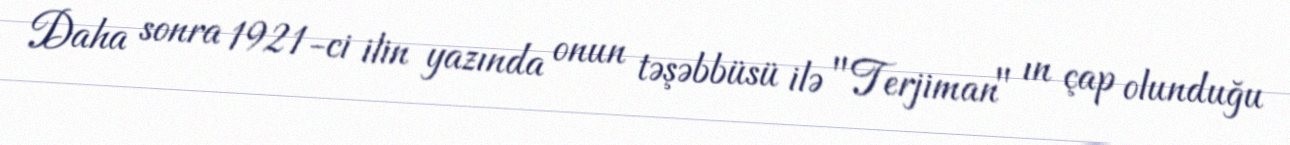
Daha sonra 1921-ci ilin yazında onun təşəbbüsü ilə "Terjiman" ın çap olunduğu